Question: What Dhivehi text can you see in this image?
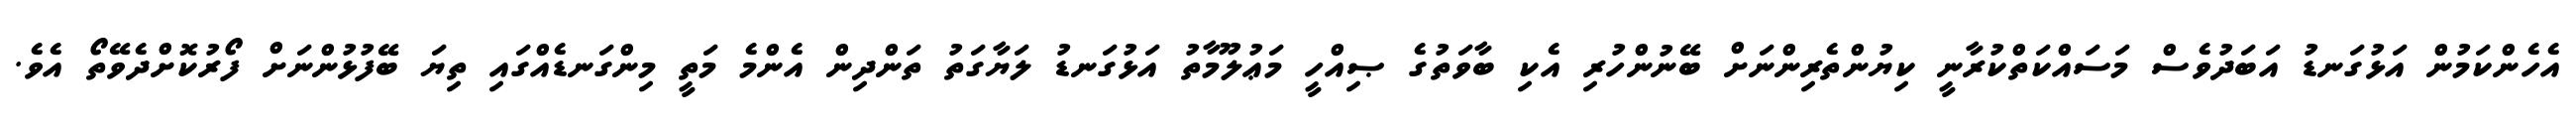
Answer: އެހެންކަމުން އަޅުގަނޑު އަބަދުވެސް މަސައްކަތްކުރާނީ ކިޔުންތެރިންނަށް ބޭނުންހުރި އެކި ބާވަތުގެ ޞިއްހީ މަޢުލޫމާތު އަޅުގަނޑު ލަޔާގަތު ތަންދިން އެންމެ މަތީ މިންގަނޑެއްގައި ތިޔަ ބޭފުޅުންނަށް ފޯރުކޮށްދެވޭތޯ އެވެ.